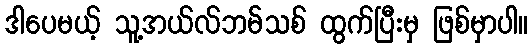
ဒါပေမယ့် သူ့အယ်လ်ဘမ်သစ် ထွက်ပြီးမှ ဖြစ်မှာပါ။